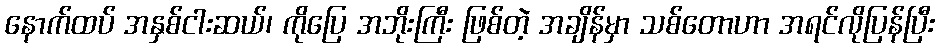
နောက်ထပ် အနှစ်ငါးဆယ်၊ ကိုပြေ အဘိုးကြီး ဖြစ်တဲ့ အချိန်မှာ သစ်တောဟာ အရင်လိုပြန်ပြီး